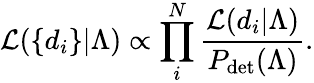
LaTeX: {\cal L}(\{ d_{i}\} |\Lambda)\propto\prod_{i}^{N}\frac{{\cal L}(d_{i}|\Lambda)}{P_{\mathrm{det}}(\Lambda)}.